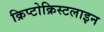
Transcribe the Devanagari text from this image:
क्रिप्टोक्रिस्टलाइन